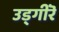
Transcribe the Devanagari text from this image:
उड्गीरॆ